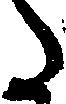
た